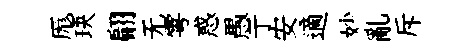
厖玦翩无雩惑愚亍安適妙亂斥